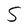
Character: S